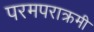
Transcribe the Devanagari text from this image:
परमपराक्रमी